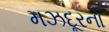
મઝદૂરનો